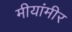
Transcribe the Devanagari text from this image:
मीयांमीर